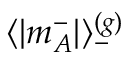
\langle | m _ { A } ^ { - } | \rangle _ { - } ^ { ( g ) }